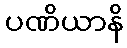
ပဏိယာနိ